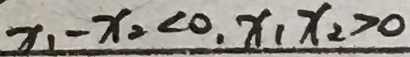
x _ { 1 } - x _ { 2 } < 0 , x _ { 1 } x _ { 2 } > 0